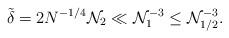
LaTeX: \begin{align*}\tilde \delta = 2N^{-1/4}\mathcal N_2 \ll \mathcal N_1^{-3}\leq \mathcal N_{1/2}^{-3}.\end{align*}